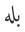
بله